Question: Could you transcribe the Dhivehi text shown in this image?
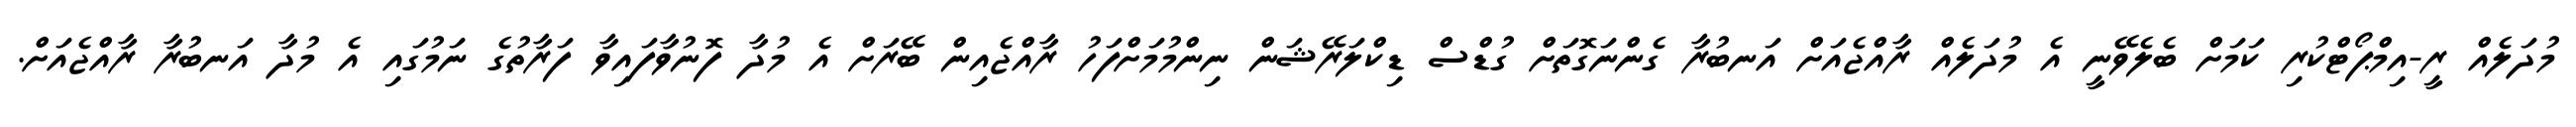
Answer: މުދަލެއް ރީ-އިމްޕޯޓްކުރި ކަމަށް ބެލެވޭނީ އެ މުދަލެއް ރާއްޖެއަށް އަނބުރާ ގެންނަގޮތަށް ގުޑްސް ޑިކްލަރޭޝަން ނިންމުމަށްފަހު ރާއްޖެއިން ބޭރަށް އެ މުދާ ފޮނުވާފައިވާ ފަރާތުގެ ނަމުގައި އެ މުދާ އަނބުރާ ރާއްޖެއަށް.